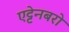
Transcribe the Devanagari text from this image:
एट्टेनबरो